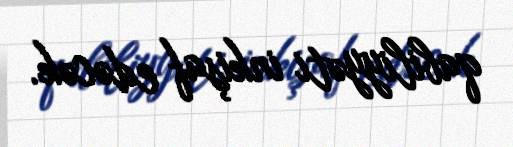
qabiliyyəti inkişaf edəcək.